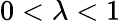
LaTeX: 0<\lambda<1